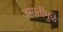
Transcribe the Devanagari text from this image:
जमातींमुळे